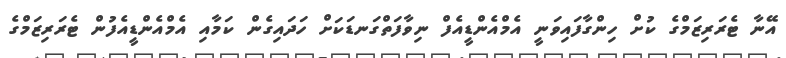
އޭނާ ޓެރަރިޒަމްގެ ކުށް ހިންގާފައިވަނީ އެމްއެންޑީއެފް ނިވާފަތްގަނޑަކަށް ހަދައިގެން ކަމާއި އެމްއެންޑީއެފުން ޓެރަރިޒަމްގެ